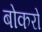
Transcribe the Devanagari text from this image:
बोकरो